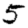
Digit: 5